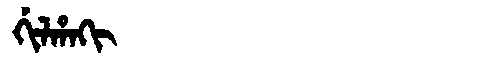
Manchu: ᡤᡳᠯᡥᠠᡴᡳ
Romanization: GILHAKI